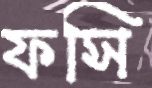
ফসি